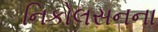
નિકોલસનના